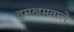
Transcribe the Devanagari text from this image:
दमखमवाले